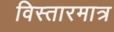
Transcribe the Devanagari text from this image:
विस्तारमात्र